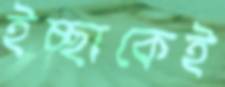
ইচ্ছাকেই